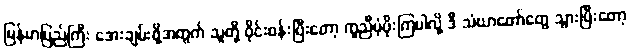
မြန်မာပြည်ကြီး အေးချမ်းဖို့အတွက် သူတို့ ဝိုင်းဝန်းပြီးတော့ ကူညီပံ့ပိုးကြပါလို့ ဒီ သံဃာတော်တွေ သွားပြီးတော့